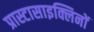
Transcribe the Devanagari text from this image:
प्रास्टासाइक्लिनों